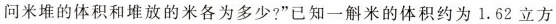
问米堆的体积和堆放的米各为多少?”已知一斛米的体积约为1.62立方